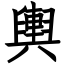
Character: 輿